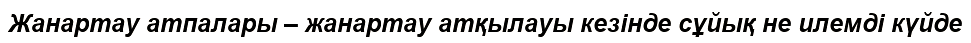
Жанартау атпалары – жанартау атқылауы кезінде сұйық не илемді күйде